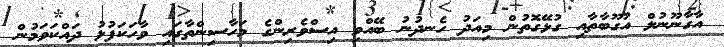
އާގާނޫނުލް އުގޫބާތާއި ގުޅޭގޮތުން މިއަދު ހެނދުނު ބޭއްވި އިސްވެރިންގެ މަހާސިންތާގައި ވާހަކަފުޅު ދައްކަވަމުން